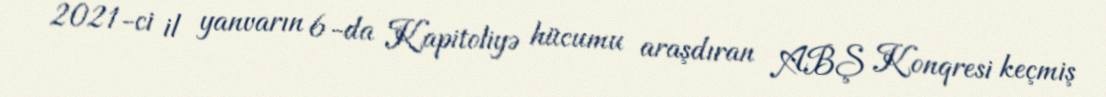
2021-ci il yanvarın 6-da Kapitoliyə hücumu araşdıran ABŞ Konqresi keçmiş